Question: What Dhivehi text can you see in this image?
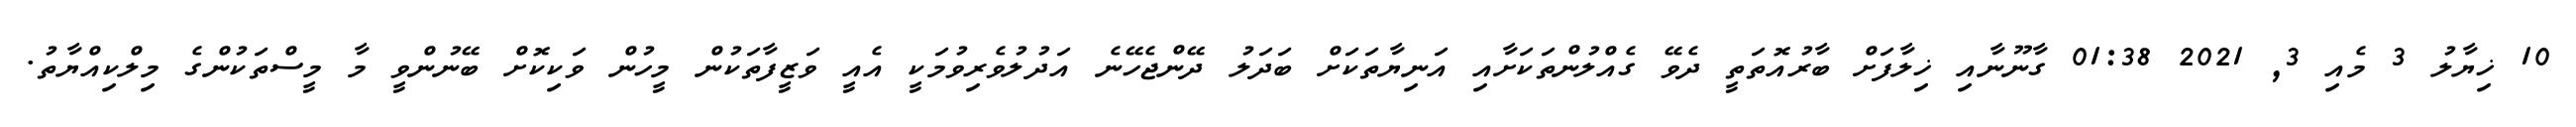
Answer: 10 ޚިޔާލު 3 މެއި 3, 2021 01:38 ގާނޫނާއި ޚިލާފަށް ބާރުއޮތަތީ ދެވޭ ގެއްލުންތަކަށާއި އަނިޔާތަކަށް ބަދަލު ދޭންޖެހޭނެ އަދުލުވެރިވުމަކީ އެއީ ވަޒީފާތަކުން މީހުން ވަކިކޮށް ބޭނުންވީ މާ މީސްތަކުންގެ މިލްކިއްޔާތު.